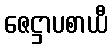
ဇေဋ္ဌာပစာယီ